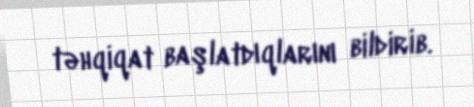
təhqiqat başlatdıqlarını bildirib.